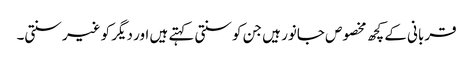
قربانی کے کچھ مخصوص جانور ہیں جن کو سنتی کہتے ہیں اور دیگر کو غیر سنتی۔